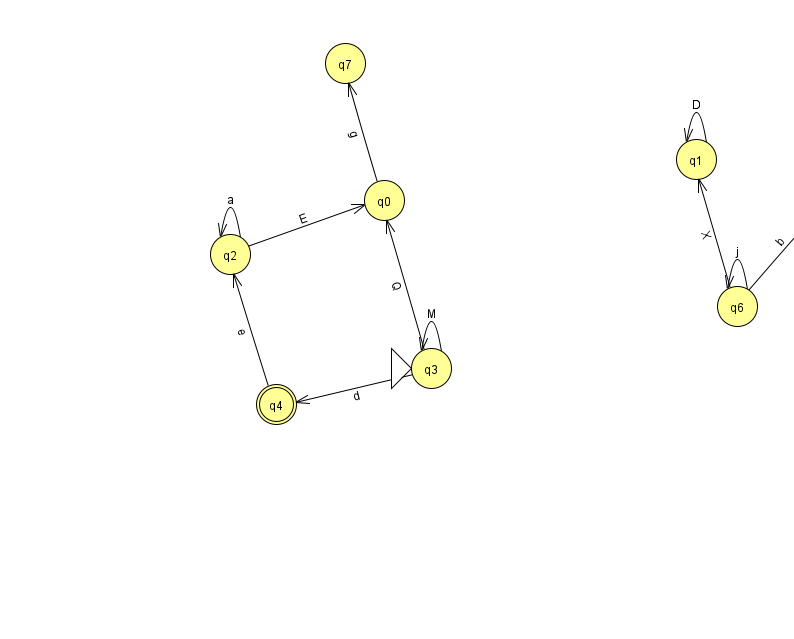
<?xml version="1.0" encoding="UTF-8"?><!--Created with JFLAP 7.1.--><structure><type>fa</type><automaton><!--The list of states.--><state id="0" name="q0"><x>384.0</x><y>187.0</y></state><state id="1" name="q1"><x>696.0</x><y>146.0</y></state><state id="2" name="q2"><x>230.0</x><y>241.0</y></state><state id="3" name="q3"><x>431.0</x><y>355.0</y><initial/></state><state id="4" name="q4"><x>276.0</x><y>391.0</y><final/></state><state id="5" name="q5"><x>839.0</x><y>176.0</y></state><state id="6" name="q6"><x>737.0</x><y>293.0</y></state><state id="7" name="q7"><x>345.0</x><y>50.0</y></state><!--The list of transitions.--><transition><from>2</from><to>2</to><read>a</read></transition><transition><from>6</from><to>5</to><read>b</read></transition><transition><from>1</from><to>1</to><read>D</read></transition><transition><from>4</from><to>2</to><read>e</read></transition><transition><from>6</from><to>1</to><read>X</read></transition><transition><from>3</from><to>0</to><read>Q</read></transition><transition><from>2</from><to>0</to><read>E</read></transition><transition><from>0</from><to>7</to><read>g</read></transition><transition><from>6</from><to>6</to><read>j</read></transition><transition><from>3</from><to>3</to><read>M</read></transition><transition><from>3</from><to>4</to><read>d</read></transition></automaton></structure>